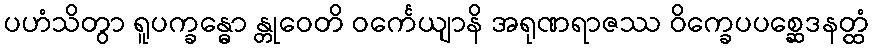
ပဟံသိတွာ ရူပက္ခန္ဓော န္တုဝေတိ ဝင်္ကေယျာနိ အရုဏရာဇဿ ဝိက္ခေပပစ္ဆေဒနတ္ထံ